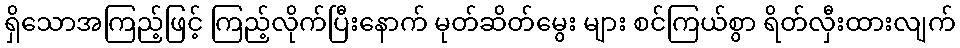
ရှိသောအကြည့်ဖြင့် ကြည့်လိုက်ပြီးနောက် မုတ်ဆိတ်မွေး များ စင်ကြယ်စွာ ရိတ်လှီးထားလျက်